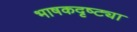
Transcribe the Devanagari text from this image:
भाषकदृष्ट्या